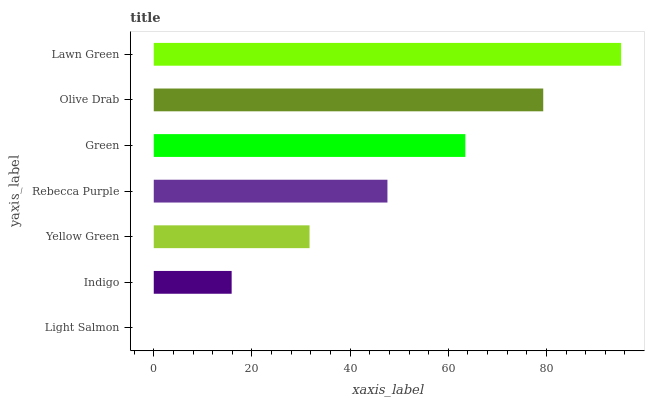
| yaxis_label | bars |
 | --- | --- |
 | Light Salmon | 0 |
 | Indigo | 15.9 |
 | Yellow Green | 31.7 |
 | Rebecca Purple | 47.6 |
 | Green | 63.5 |
 | Olive Drab | 79.3 |
 | Lawn Green | 95.2 |